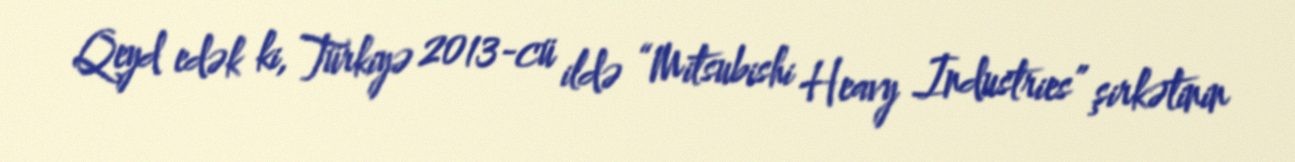
Qeyd edək ki, Türkiyə 2013-cü ildə “Mitsubishi Heavy Industries” şirkətinin